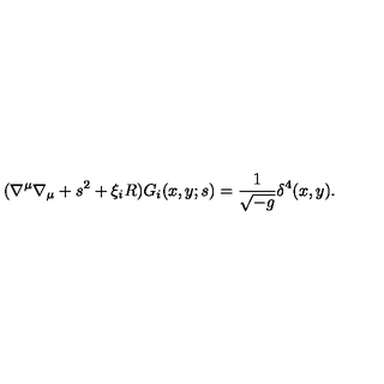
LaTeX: ( \nabla ^ { \mu } \nabla _ { \mu } + s ^ { 2 } + \xi _ { i } R ) G _ { i } ( x , y ; s ) = \frac { 1 } { \sqrt { - g } } \delta ^ { 4 } ( x , y ) .